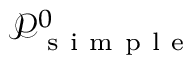
\mathcal P _ { \mathrm { ~ s ~ i ~ m ~ p ~ l ~ e ~ } } ^ { 0 }